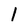
Character: 1